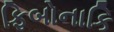
ફિબોનાકિ